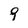
Character: 9